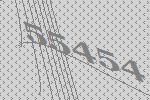
55454